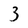
Character: 3